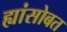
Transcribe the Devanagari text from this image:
ह्यांसोबत